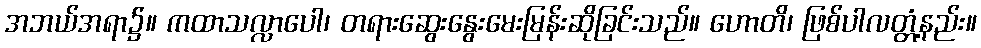
အဘယ်အရာ၌။ ကထာသလ္လာပေါ၊ တရားဆွေးနွေးမေးမြန်းဆိုခြင်းသည်။ ဟောတိ၊ ဖြစ်ပါလတ္တံ့နည်း။